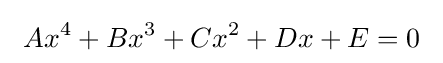
\ Ax^{4}+Bx^{3}+Cx^{2}+Dx+E=0\